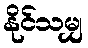
နိုင်သမျှ